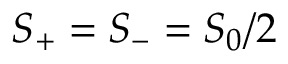
S _ { + } = S _ { - } = S _ { 0 } / 2